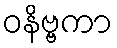
ဝနိဗ္ဗကာ